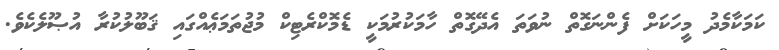
ކަމަކާމެދު މީހަކަށް ފެންނަގޮތްް ނުވަތަ އެދޭގޮތް ހާމަކުރުމަކީ ޑެމޮކްރެޓިކް މުޖުތަމަޢެއްގައި ޤަބޫލުކުރާ އުޞޫލެކެވެ.